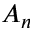
A _ { n }